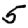
Digit: 5